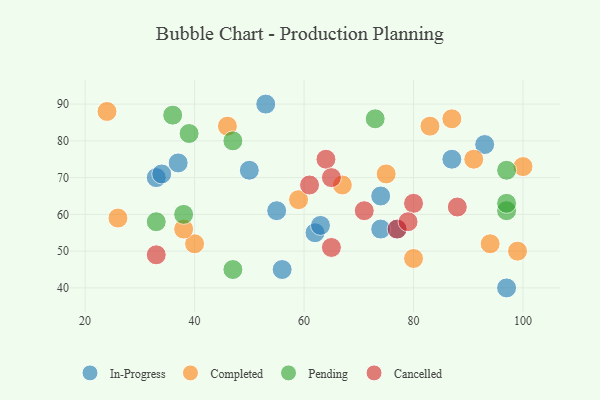
{"axis": {"x": "GDP", "y": "Life Expectancy"}, "legend": ["Cancelled", "Completed", "In-Progress", "Pending"], "data": [{"x": "97", "y": 40, "type": "In-Progress"}, {"x": "33", "y": 70, "type": "In-Progress"}, {"x": "56", "y": 45, "type": "In-Progress"}, {"x": "87", "y": 75, "type": "In-Progress"}, {"x": "55", "y": 61, "type": "In-Progress"}, {"x": "53", "y": 90, "type": "In-Progress"}, {"x": "74", "y": 65, "type": "In-Progress"}, {"x": "77", "y": 56, "type": "In-Progress"}, {"x": "50", "y": 72, "type": "In-Progress"}, {"x": "62", "y": 55, "type": "In-Progress"}, {"x": "74", "y": 56, "type": "In-Progress"}, {"x": "34", "y": 71, "type": "In-Progress"}, {"x": "93", "y": 79, "type": "In-Progress"}, {"x": "37", "y": 74, "type": "In-Progress"}, {"x": "63", "y": 57, "type": "In-Progress"}, {"x": "40", "y": 52, "type": "Completed"}, {"x": "87", "y": 86, "type": "Completed"}, {"x": "83", "y": 84, "type": "Completed"}, {"x": "75", "y": 71, "type": "Completed"}, {"x": "100", "y": 73, "type": "Completed"}, {"x": "91", "y": 75, "type": "Completed"}, {"x": "38", "y": 56, "type": "Completed"}, {"x": "59", "y": 64, "type": "Completed"}, {"x": "24", "y": 88, "type": "Completed"}, {"x": "94", "y": 52, "type": "Completed"}, {"x": "67", "y": 68, "type": "Completed"}, {"x": "99", "y": 50, "type": "Completed"}, {"x": "46", "y": 84, "type": "Completed"}, {"x": "26", "y": 59, "type": "Completed"}, {"x": "80", "y": 48, "type": "Completed"}, {"x": "97", "y": 72, "type": "Pending"}, {"x": "97", "y": 61, "type": "Pending"}, {"x": "47", "y": 45, "type": "Pending"}, {"x": "47", "y": 80, "type": "Pending"}, {"x": "33", "y": 58, "type": "Pending"}, {"x": "97", "y": 63, "type": "Pending"}, {"x": "39", "y": 82, "type": "Pending"}, {"x": "36", "y": 87, "type": "Pending"}, {"x": "73", "y": 86, "type": "Pending"}, {"x": "38", "y": 60, "type": "Pending"}, {"x": "71", "y": 61, "type": "Cancelled"}, {"x": "80", "y": 63, "type": "Cancelled"}, {"x": "64", "y": 75, "type": "Cancelled"}, {"x": "33", "y": 49, "type": "Cancelled"}, {"x": "65", "y": 51, "type": "Cancelled"}, {"x": "77", "y": 56, "type": "Cancelled"}, {"x": "88", "y": 62, "type": "Cancelled"}, {"x": "65", "y": 70, "type": "Cancelled"}, {"x": "79", "y": 58, "type": "Cancelled"}, {"x": "61", "y": 68, "type": "Cancelled"}]}